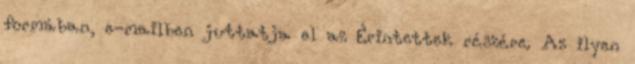
formában, e-mailben juttatja el az Érintettek részére. Az ilyen